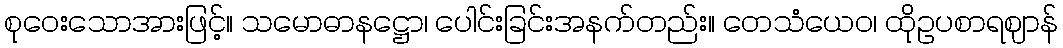
စုဝေးသောအားဖြင့်။ သမောဓာနဋ္ဌော၊ ပေါင်းခြင်းအနက်တည်း။ တေသံယေဝ၊ ထိုဥပစာရဈာန်